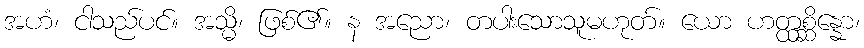
အဟံ၊ ငါသည်ပင်။ အသ္မိ၊ ဖြစ်၏။ န အညော၊ တပါးသောသူမဟုတ်။ ယော ဟတ္ထစ္ဆိန္နော၊